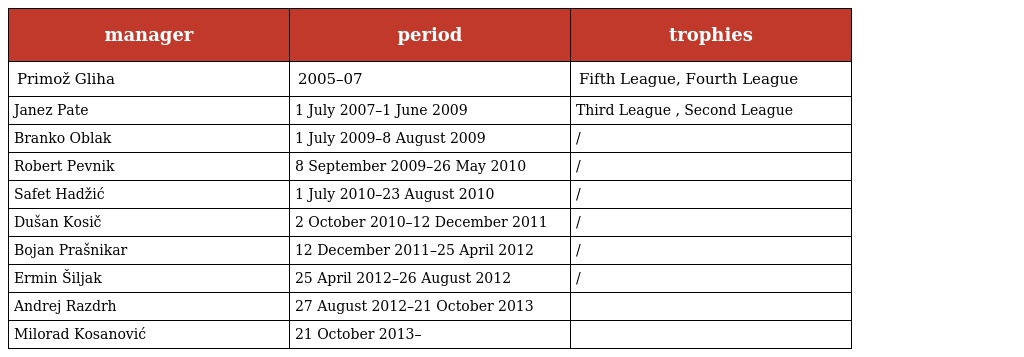
| manager | period | trophies |
 | --- | --- | --- |
 | Primož Gliha | 2005–07 | Fifth League, Fourth League |
 | Janez Pate | 1 July 2007–1 June 2009 | Third League , Second League |
 | Branko Oblak | 1 July 2009–8 August 2009 | / |
 | Robert Pevnik | 8 September 2009–26 May 2010 | / |
 | Safet Hadžić | 1 July 2010–23 August 2010 | / |
 | Dušan Kosič | 2 October 2010–12 December 2011 | / |
 | Bojan Prašnikar | 12 December 2011–25 April 2012 | / |
 | Ermin Šiljak | 25 April 2012–26 August 2012 | / |
 | Andrej Razdrh | 27 August 2012–21 October 2013 |  |
 | Milorad Kosanović | 21 October 2013– |  |